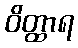
ဝိတ္ထာရ